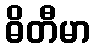
ဓိတီမာ